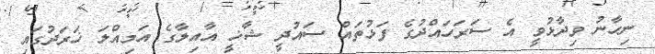
ނިހާނު ވިދާޅުވީ އެ ސަރަހައްދުގެ ފަޅުތައް ސައުދީ ޝާޚީ އާއިލާގެ އަމިއްލަ ޚަރަދުގައި